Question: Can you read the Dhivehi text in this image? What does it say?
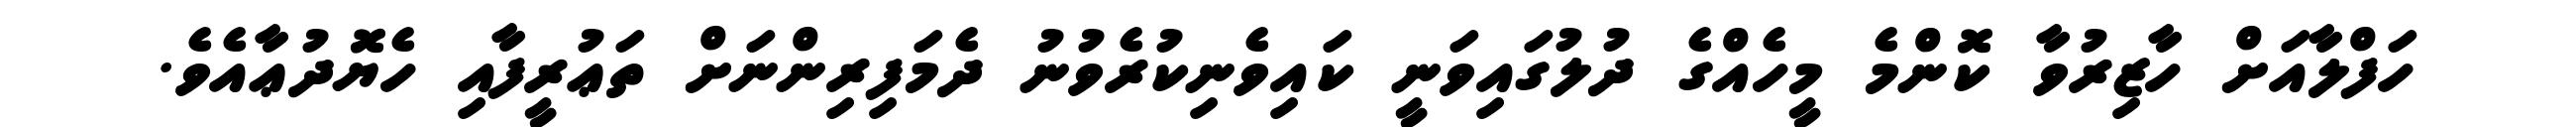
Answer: ހަފްލާއަށް ހާޒިރުވާ ކޮންމެ މީހެއްގެ ދުލުގައިވަނީ ކައިވެނިކުރެވުނު ދެމަފިރިންނަށް ތަޢުރީފާއި ހެޔޮދުޢާއެވެ.